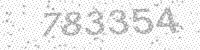
Solution: 783354